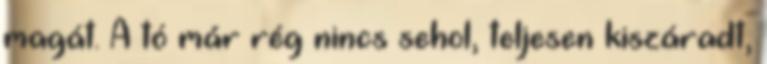
magát. A tó már rég nincs sehol, teljesen kiszáradt,